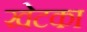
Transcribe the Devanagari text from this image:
खेटका